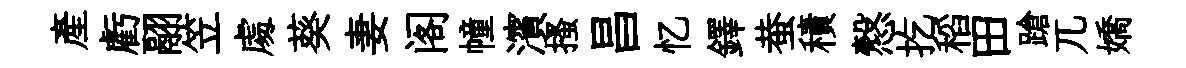
產虧翮笠䖏葵妻阁幢濱搔昌忆鐸蛬積慤扢稻田蹌兀嬌